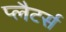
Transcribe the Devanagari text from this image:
प्लैटर्स